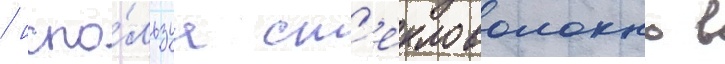
/ испо́льзуа ст'екловолокно в